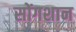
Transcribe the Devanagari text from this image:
सोंगशान